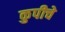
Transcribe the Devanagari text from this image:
कुपीचे